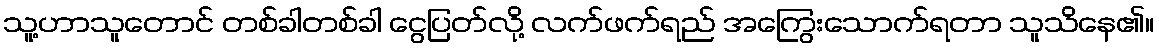
သူ့ဟာသူတောင် တစ်ခါတစ်ခါ ငွေပြတ်လို့ လက်ဖက်ရည် အကြွေးသောက်ရတာ သူသိနေ၏။